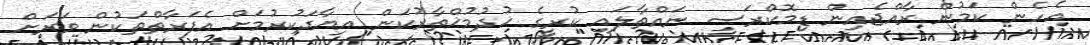
އެހެން ކަމުން ރާއްޖެއިން ޑިމޮކްރަސީ ނައްތާލައި ކުރީގެ ޚުދުމުޚްތާރުކަން އިޔާދަކުރުމަށް އެފަރާތްތަކުން ވަރަށް